Indian journal of veterinary science and animal husbandry - Volume 9,
Year: 1939
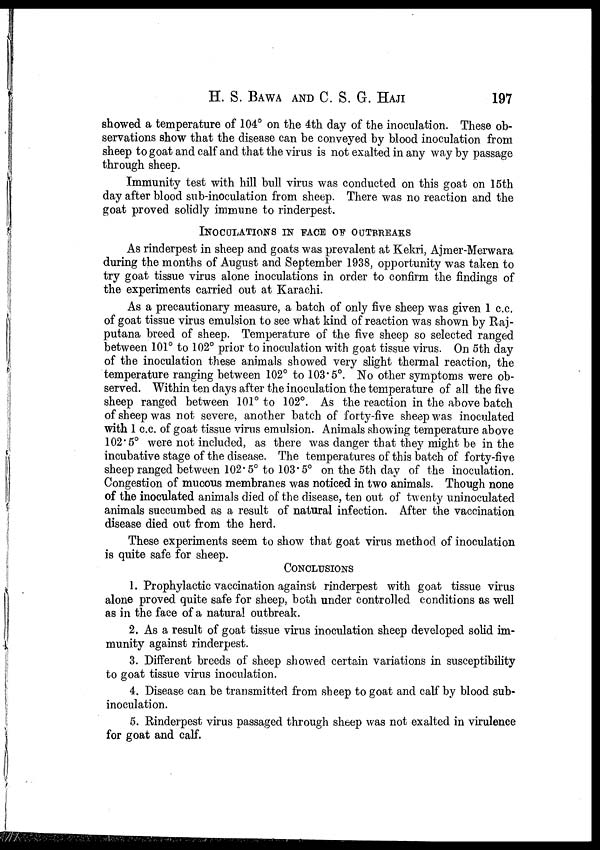
H. S. BAWA AND C. S. G. HAJI 197
showed a temperature of 104° on the 4th day of the inoculation. These ob-
servations show that the disease can be conveyed by blood inoculation from
sheep to goat and calf and that the virus is not exalted in any way by passage
through sheep.
Immunity test with hill bull virus was conducted on this goat on 15th
day after blood sub-inoculation from sheep. There was no reaction and the
goat proved solidly immune to rinderpest.
INOCULATIONS IN FACE OF OUTBREAKS
As rinderpest in sheep and goats was prevalent at Kekri, Ajmer-Merwara
during the months of August and September 1938, opportunity was taken to
try goat tissue virus alone inoculations in order to confirm the findings of
the experiments carried out at Karachi.
As a precautionary measure, a batch of only five sheep was given 1 c.c.
of goat tissue virus emulsion to see what kind of reaction was shown by Raj-
putana breed of sheep. Temperature of the five sheep so selected ranged
between 101° to 102° prior to inoculation with goat tissue virus. On 5th day
of the inoculation these animals showed very slight thermal reaction, the
temperature ranging between 102° to 103.5°. No other symptoms were ob-
served. Within ten days after the inoculation the temperature of all the five
sheep ranged between 101° to 102°. As the reaction in the above batch
of sheep was not severe, another batch of forty-five sheep was inoculated
with 1 c.c. of goat tissue virus emulsion. Animals showing temperature above
102.5° were not included, as there was danger that they might be in the
incubative stage of the disease. The temperatures of this batch of forty-five
sheep ranged between 102.5° to 103.5° on the 5th day of the inoculation.
Congestion of mucous membranes was noticed in two animals. Though none
of the inoculated animals died of the disease, ten out of twenty uninoculated
animals succumbed as a result of natural infection. After the vaccination
disease died out from the herd.
These experiments seem to show that goat virus method of inoculation
is quite safe for sheep.
CONCLUSIONS
1. Prophylactic vaccination against rinderpest with goat tissue virus
alone proved quite safe for sheep, both under controlled conditions as well
as in the face of a natural outbreak.
2. As a result of goat tissue virus inoculation sheep developed solid im-
munity against rinderpest.
3. Different breeds of sheep showed certain variations in susceptibility
to goat tissue virus inoculation.
4. Disease can be transmitted from sheep to goat and calf by blood sub-
inoculation.
5. Rinderpest virus passaged through sheep was not exalted in virulence
for goat and calf.